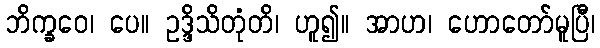
ဘိက္ခဝေ၊ ပေ။ ဥဒ္ဒိသိတုံတိ၊ ဟူ၍။ အာဟ၊ ဟောတော်မူပြီ၊